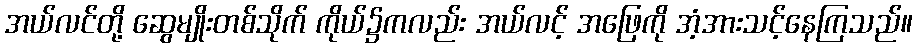
အယ်လင်တို့ ဆွေမျိုးတစ်သိုက် ကိုယ်၌ကလည်း အယ်လင့် အဖြေကို အံ့အားသင့်နေကြသည်။